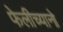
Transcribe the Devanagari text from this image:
फेलीच्यानो